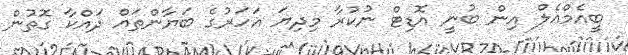
ބީއެމްއެލް އިން ބުނީ އޮޑިޓް ނުކުރާ މިދިޔަ އަހަރުގެ ބަޔާންތައް ދައްކާ ގޮތުން